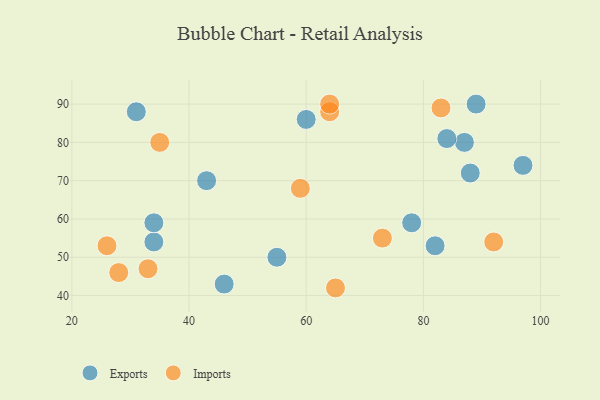
{"axis": {"x": "GDP", "y": "Life Expectancy"}, "legend": ["Exports", "Imports"], "data": [{"x": "55", "y": 50, "type": "Exports"}, {"x": "31", "y": 88, "type": "Exports"}, {"x": "78", "y": 59, "type": "Exports"}, {"x": "88", "y": 72, "type": "Exports"}, {"x": "34", "y": 54, "type": "Exports"}, {"x": "87", "y": 80, "type": "Exports"}, {"x": "84", "y": 81, "type": "Exports"}, {"x": "89", "y": 90, "type": "Exports"}, {"x": "82", "y": 53, "type": "Exports"}, {"x": "60", "y": 86, "type": "Exports"}, {"x": "46", "y": 43, "type": "Exports"}, {"x": "43", "y": 70, "type": "Exports"}, {"x": "97", "y": 74, "type": "Exports"}, {"x": "34", "y": 59, "type": "Exports"}, {"x": "59", "y": 68, "type": "Imports"}, {"x": "92", "y": 54, "type": "Imports"}, {"x": "33", "y": 47, "type": "Imports"}, {"x": "26", "y": 53, "type": "Imports"}, {"x": "65", "y": 42, "type": "Imports"}, {"x": "73", "y": 55, "type": "Imports"}, {"x": "83", "y": 89, "type": "Imports"}, {"x": "64", "y": 88, "type": "Imports"}, {"x": "64", "y": 90, "type": "Imports"}, {"x": "35", "y": 80, "type": "Imports"}, {"x": "28", "y": 46, "type": "Imports"}]}